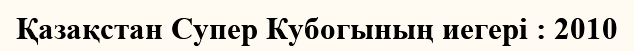
Қазақстан Супер Кубогының иегері : 2010